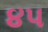
૪૫